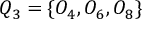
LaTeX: Q _ { 3 } = \{ O _ { 4 } , O _ { 6 } , O _ { 8 } \}